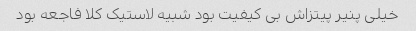
خیلی پنیر پیتزاش بی کیفیت بود شبیه لاستیک کلا فاجعه بود